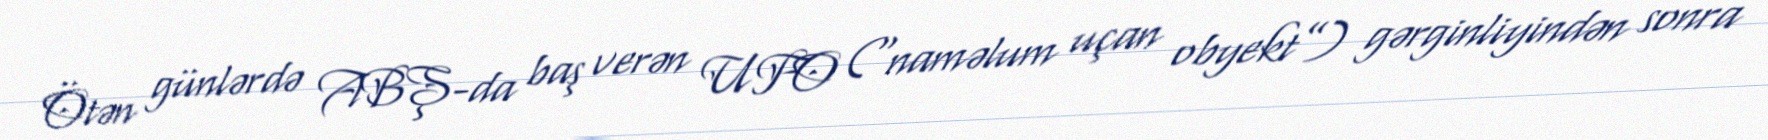
Ötən günlərdə ABŞ-da baş verən UFO (“naməlum uçan obyekt”) gərginliyindən sonra